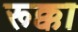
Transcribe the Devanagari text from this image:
रूक्का